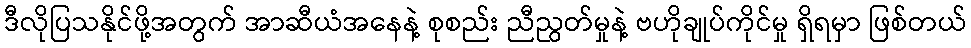
ဒီလိုပြသနိုင်ဖို့အတွက် အာဆီယံအနေနဲ့ စုစည်း ညီညွတ်မှုနဲ့ ဗဟိုချုပ်ကိုင်မှု ရှိရမှာ ဖြစ်တယ်